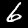
Label: 6